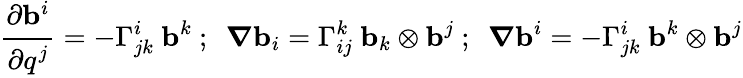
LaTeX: {\cfrac{\partial\mathbf{b}^{i}}{\partial q^{j}}}=-\Gamma_{jk}^{i}~\mathbf{b}^{k}~;~~{\boldsymbol{\nabla}}\mathbf{b}_{i}=\Gamma_{ij}^{k}~\mathbf{b}_{k}\otimes\mathbf{b}^{j}~;~~{\boldsymbol{\nabla}}\mathbf{b}^{i}=-\Gamma_{jk}^{i}~\mathbf{b}^{k}\otimes\mathbf{b}^{j}